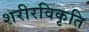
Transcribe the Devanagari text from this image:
शरीरविकृति